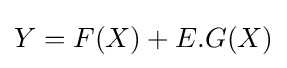
Y=F(X)+E.G(X)